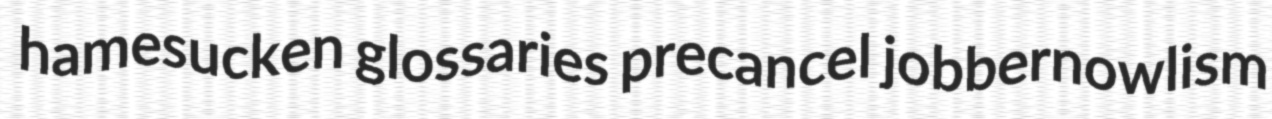
hamesucken glossaries precancel jobbernowlism